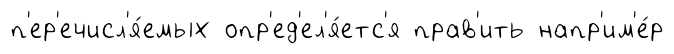
п'ер'ечисл'я́емых опр'ед'ел'я́етс'я прав'ить напр'им'е́р